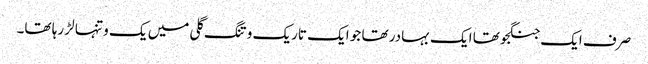
صرف ایک جنگجو تھا ایک بہادر تھا جو ایک تاریک و تنگ گلی میں یک و تنہا لڑ رہا تھا۔